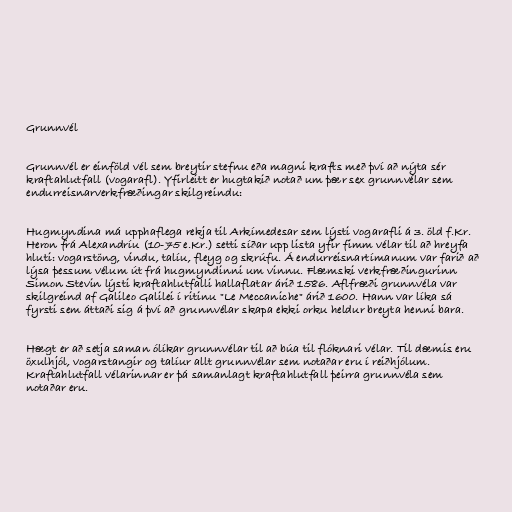
Grunnvél

Grunnvél er einföld vél sem breytir stefnu eða magni krafts með því að nýta sér
kraftahlutfall (vogarafl). Yfirleitt er hugtakið notað um þær sex grunnvélar sem
endurreisnarverkfræðingar skilgreindu:

Hugmyndina má upphaflega rekja til Arkímedesar sem lýsti vogarafli á 3. öld f.Kr.
Heron frá Alexandríu (10-75 e.Kr.) setti síðar upp lista yfir fimm vélar til að hreyfa
hluti: vogarstöng, vindu, talíu, fleyg og skrúfu. Á endurreisnartímanum var farið að
lýsa þessum vélum út frá hugmyndinni um vinnu. Flæmski verkfræðingurinn
Simon Stevin lýsti kraftahlutfalli hallaflatar árið 1586. Aflfræði grunnvéla var
skilgreind af Galileo Galilei í ritinu "Le Meccaniche" árið 1600. Hann var líka sá
fyrsti sem áttaði sig á því að grunnvélar skapa ekki orku heldur breyta henni bara.

Hægt er að setja saman ólíkar grunnvélar til að búa til flóknari vélar. Til dæmis eru
öxulhjól, vogarstangir og talíur allt grunnvélar sem notaðar eru í reiðhjólum.
Kraftahlutfall vélarinnar er þá samanlagt kraftahlutfall þeirra grunnvéla sem
notaðar eru.